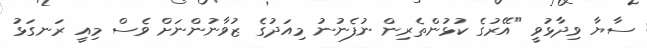
ސާޔާ ވިދާޅުވީ "އޭރުގެ ކުޅުންތެރިން ނުފެނުނު މިއަދުގެ ޒުވާނުންނަށް ވެސް މިއީ ރަނގަޅު